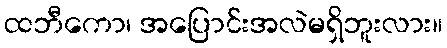
ထဘီကော၊ အပြောင်းအလဲမရှိဘူးလား။